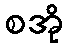
စအို